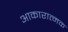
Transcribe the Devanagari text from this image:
आकारात्मक